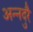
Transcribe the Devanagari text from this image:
अन्नदुरै